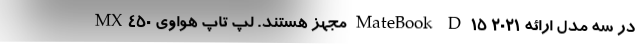
MX450 مجهز هستند. لپ تاپ هواوی MateBook D 15 2021 در سه مدل ارائه